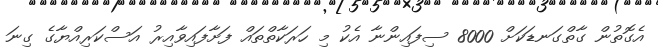
އެގޮތުން ގާތްގަނޑަކަށް 8000 ސިފައިންނާ އެކު މި ހަރަކާތްތައް ފަށާފައިވާއިރު އަސްކަރިއްޔާގެ ގިނަ